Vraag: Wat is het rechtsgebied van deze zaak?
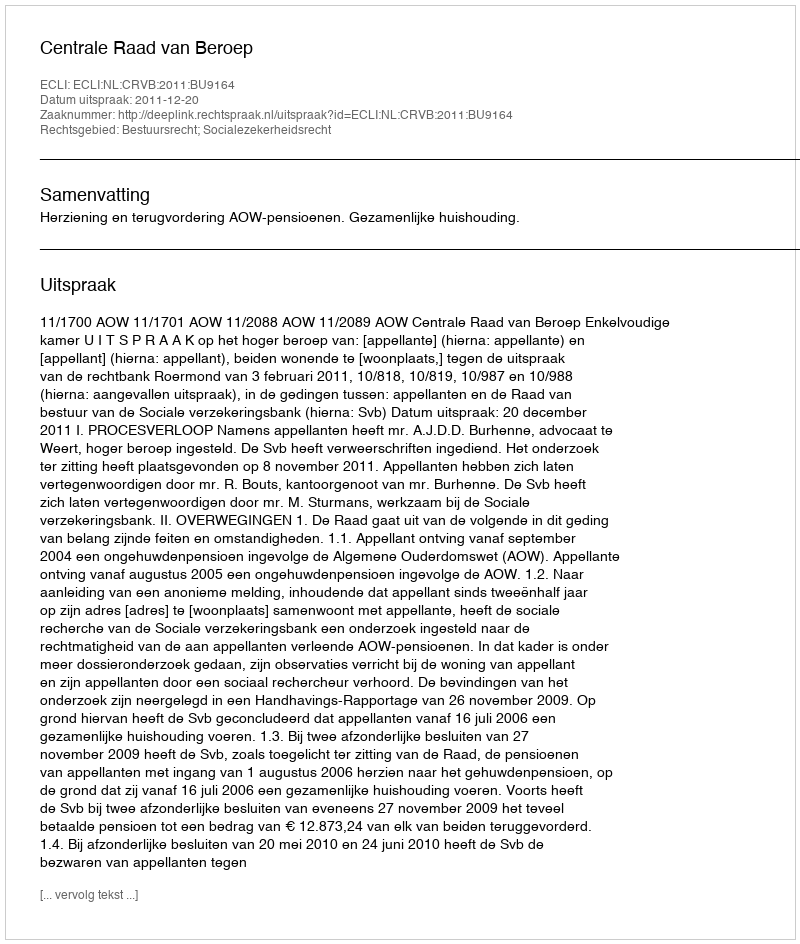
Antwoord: Bestuursrecht; Socialezekerheidsrecht